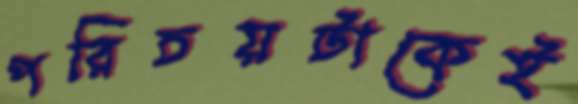
পরিচয়টাকেই